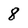
Character: 8